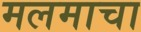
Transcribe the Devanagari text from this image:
मलमाचा